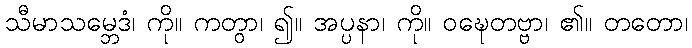
သီမာသမ္ဘေဒံ၊ ကို။ ကတွာ၊ ၍။ အပ္ပနာ၊ ကို။ ဝဍ္ဎေတဗ္ဗာ၊ ၏။ တတော၊